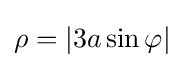
\rho =|3a\sin \varphi |